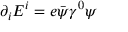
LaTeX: \partial _ { i } E ^ { i } = e { \bar { \psi } } \gamma ^ { 0 } \psi